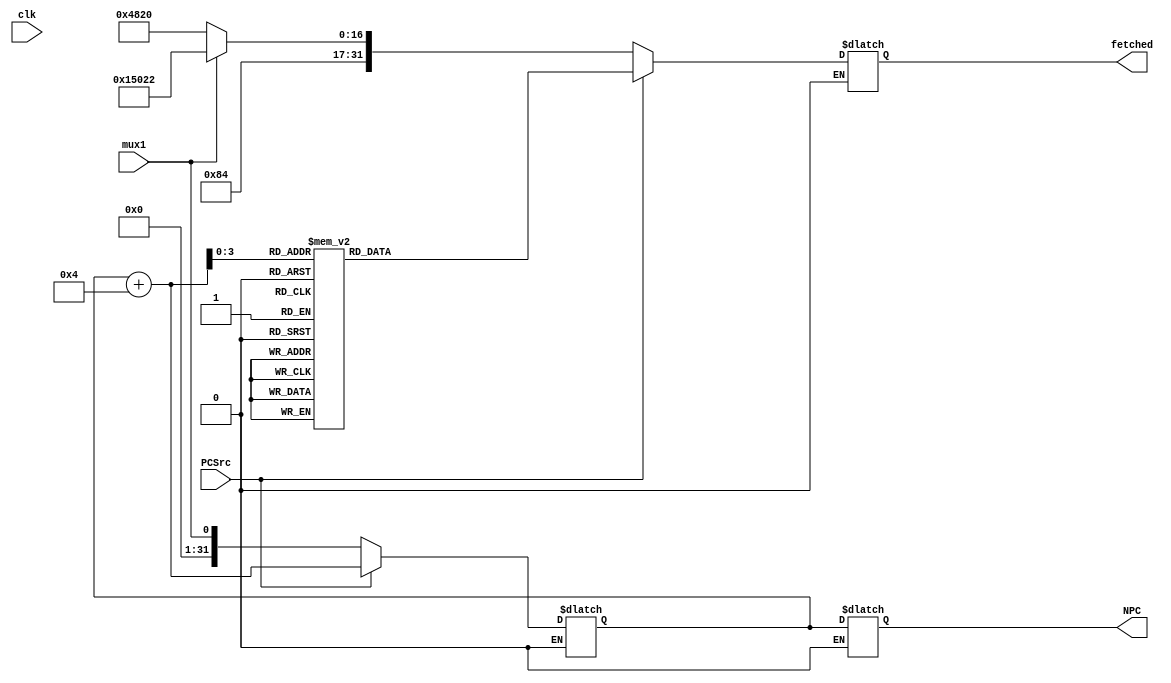
`timescale 1ns / 1ps
//////////////////////////////////////////////////////////////////////////////////
//Connie Zhou
//Anuska Rungta
// 
//////////////////////////////////////////////////////////////////////////////////


module IF(PCSrc, mux1, clk, fetched, NPC );
    input clk;
    input PCSrc, mux1;
    integer mux2;
    integer PC;
    integer instructions[14:0];
    output reg[31:0] fetched;
    output reg[31:0] NPC;
    
    
    
    initial begin
        
        mux2<=PC+4;
        instructions[0] = 32'b00000001000010000100100000100000;
        instructions[1] = 32'b00000001000010010101000000100010;
        instructions[2] = 32'b00000001010010000101000000100100;
        instructions[3] = 32'b00000001001010100101100000100101;
        instructions[4] = 32'b00000001011010000110000000101010;
        instructions[5] = 32'b10001110000010110000000000000100;
        instructions[6] = 32'b10001110000010100000000000001000;
        instructions[7] = 32'b10001110000100010000000000000000;
        instructions[8] = 32'b10001111110101100000000000000000;
        instructions[9] = 32'b10001110000110010000000000001100;
        instructions[10] = 32'b10101100101111010000000000000100;
        instructions[11] = 32'b10101111000001000000000000000000;
        instructions[12] = 32'b10101100011111100000000000000100;
        instructions[13] = 32'b10101110000100000000000000001000;
        instructions[14] = 32'b10101100100000100000000000001100;
        
        if(PCSrc==0)begin
            fetched<=instructions[mux1];
            PC<=mux1;
            NPC<=PC;
        end
        if(PCSrc==1)begin
            fetched<=instructions[mux2];
            PC<=mux2;
            NPC<=PC;
        end
        
    end
    
   
   
        
    
         

   
        

endmodule